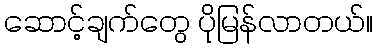
ဆောင့်ချက်တွေ ပိုမြန်လာတယ်။